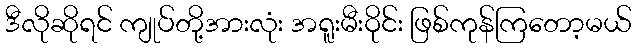
ဒီလိုဆိုရင် ကျုပ်တို့အားလုံး အရူးမီးဝိုင်း ဖြစ်ကုန်ကြတော့မယ်